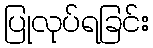
ပြုလုပ်ရခြင်း